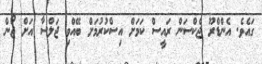
ގައެވެ. އެންޑްރޫ ޖެކްސަން ރައީސް ކަމަށް އިސްކުރުމަށް ބޭއްވި ޖަލްސާ އަށް ޖޯން